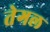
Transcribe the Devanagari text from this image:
तेगल